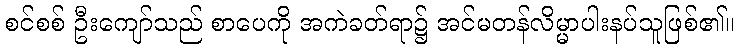
စင်စစ် ဦးကျော်သည် စာပေကို အကဲခတ်ရာ၌ အင်မတန်လိမ္မာပါးနပ်သူဖြစ်၏။